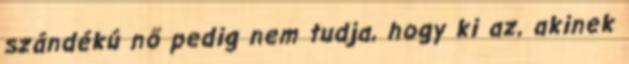
szándékú nő pedig nem tudja, hogy ki az, akinek